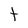
Character: t